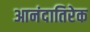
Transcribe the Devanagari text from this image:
आनंदातिरेक